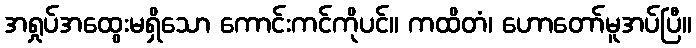
အရှုပ်အထွေးမရှိသော ကောင်းကင်ကိုပင်။ ကထိတံ၊ ဟောတော်မူအပ်ပြီ။